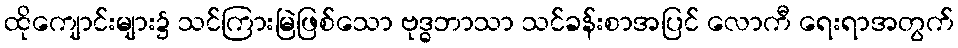
ထိုကျောင်းများ၌ သင်ကြားမြဲဖြစ်သော ဗုဒ္ဓဘာသာ သင်ခန်းစာအပြင် လောကီ ရေးရာအတွက်